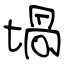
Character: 堝